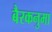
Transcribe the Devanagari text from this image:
बैरकनुमा